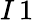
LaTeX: I\, 1